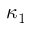
\kappa _ { 1 }